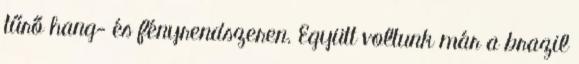
tűrő hang- és fényrendszeren. Együtt voltunk már a brazil